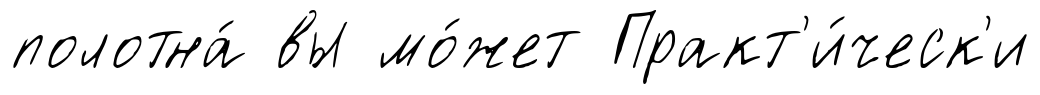
полотна́ вы мо́жет Практ'и́ческ'и